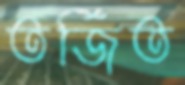
তর্জিত